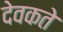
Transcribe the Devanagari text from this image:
देवकते